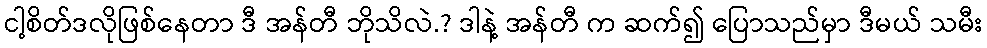
ငါ့စိတ်ဒလိုဖြစ်နေတာ ဒီ အန်တီ ဘိုသိလဲ.? ဒါနဲ့ အန်တီ က ဆက်၍ ပြောသည်မှာ ဒီမယ် သမီး